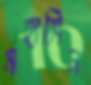
মহাসিন